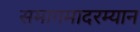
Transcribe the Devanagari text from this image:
समागमादरम्यान